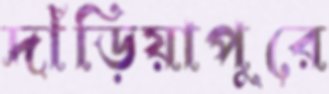
দাঁড়িয়াপুরে